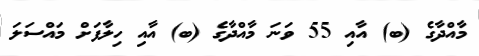
މާއްދާގެ (ބ) އާއި 55 ވަނަ މާއްދާގެ (ބ) އާއި ހިލާފަށް މައްސަލަ